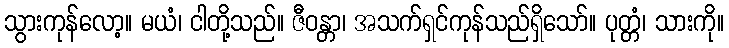
သွားကုန်လော့။ မယံ၊ ငါတို့သည်။ ဇီဝန္တာ၊ အသက်ရှင်ကုန်သည်ရှိသော်။ ပုတ္တံ၊ သားကို။